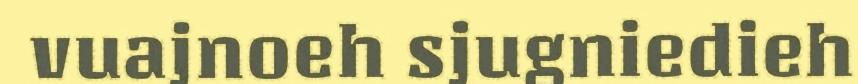
vuajnoeh sjugniedieh